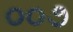
૦૦૭